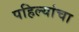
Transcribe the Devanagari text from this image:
पहिल्यांचा